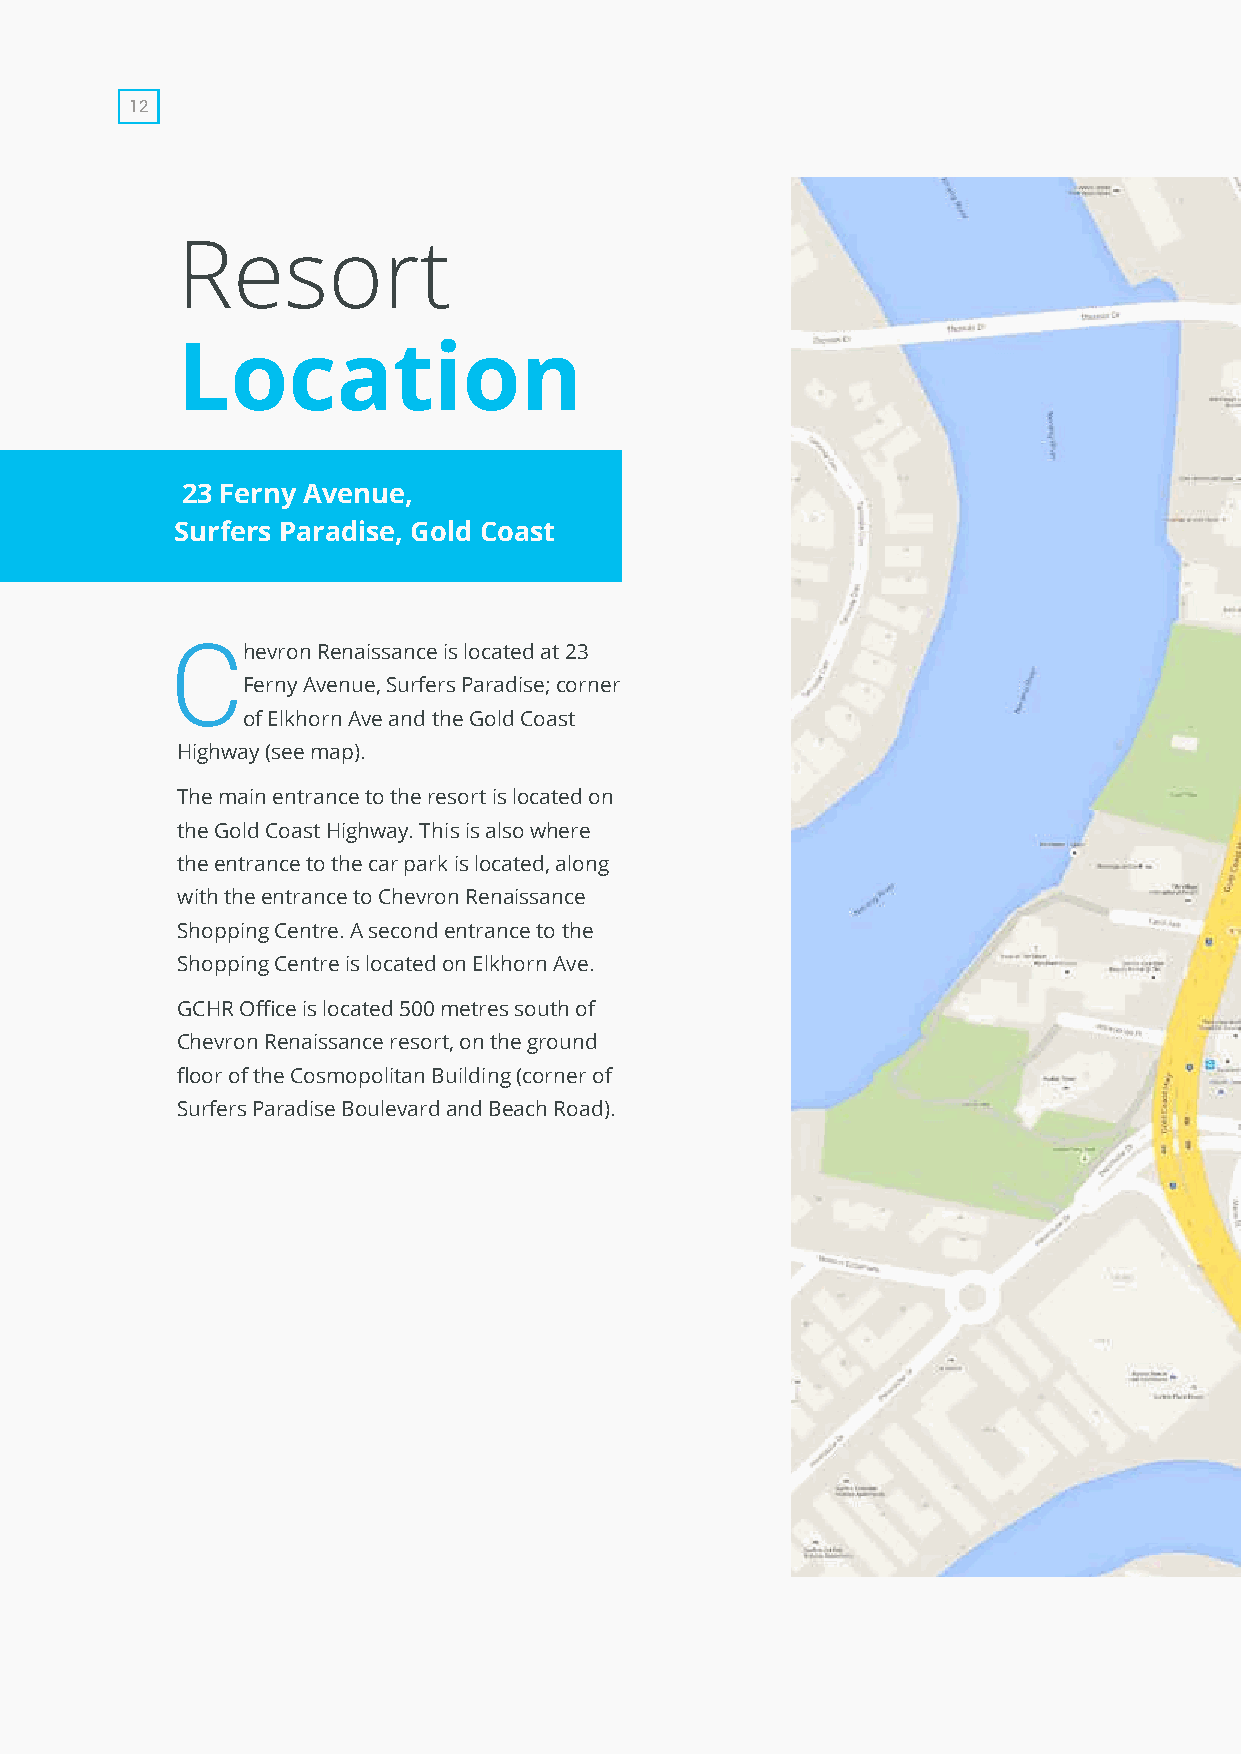
12
 Resort
 Location
 23 Ferny Avenue,
 Surfers Paradise, Gold Coast
 Chevron   Renaissance is located at 23
 Ferny Avenue, Surfers Paradise; corner
 of Elkhorn Ave and the Gold Coast
 Highway (see map).
 The main entrance to the resort is located on
 the Gold Coast Highway. This is also where
 the entrance to the car park is located, along
 with the entrance to Chevron Renaissance
 Shopping Centre. A second entrance to the
 Shopping Centre is located on Elkhorn Ave.
 GCHR Office is located 500 metres south of
 Chevron Renaissance resort, on the ground
 floor of the Cosmopolitan Building (corner of
 Surfers Paradise Boulevard and Beach Road).